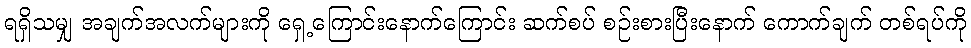
ရရှိသမျှ အချက်အလက်များကို ရှေ့ကြောင်းနောက်ကြောင်း ဆက်စပ် စဉ်းစားပြီးနောက် ကောက်ချက် တစ်ရပ်ကို